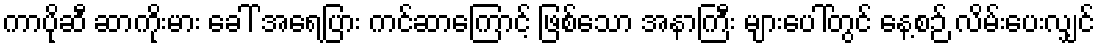
ကာပိုဆီ ဆာကိုးမား ခေါ် အရေပြား ကင်ဆာကြောင့် ဖြစ်သော အနာကြီး များပေါ်တွင် နေ့စဉ် လိမ်းပေးလျှင်